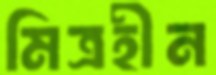
মিত্রহীন